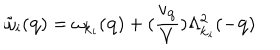
{ \tilde { \omega } } _ { i } ( { \bf { q } } ) = \omega _ { { \bf { k } } _ { i } } ( { \bf { q } } ) + ( \frac { v _ { { \bf { q } } } } { V } ) \Lambda _ { { \bf { k } } _ { i } } ^ { 2 } ( - { \bf { q } } )